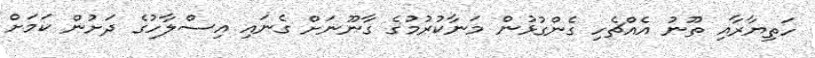
ހަތިޔާރާއި ތޫނު އެއްޗެހި ގެންގުޅުން މަނާކުރުމުގެ ގާނޫނަށް ގެނައި އިސްލާހުގެ ދަށުން ކަމަށް